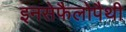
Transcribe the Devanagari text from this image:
इनसेफैलोपैथी